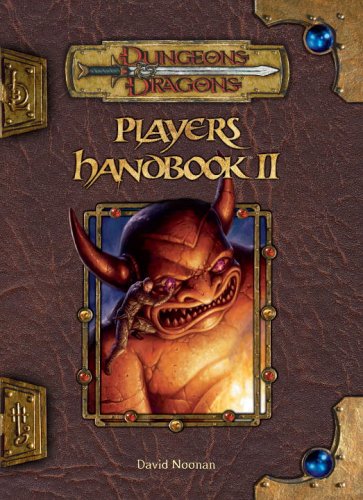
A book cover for Player's Handbook II (Dungeons & Dragons d20 3.5 Fantasy Roleplaying) (Bk. 2); David Noonan; Science Fiction & Fantasy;